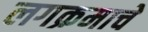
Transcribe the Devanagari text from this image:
लगक्रमाचे